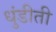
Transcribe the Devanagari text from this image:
धुंडीती